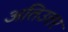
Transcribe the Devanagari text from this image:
अतिउत्तर